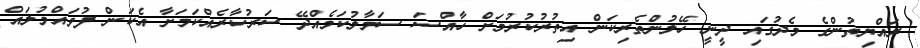
ރައްޔިތުންގެ މެދުގައި ދީނީ ހޭލުންތެރިކަން އިތުރުކުރުމަށް ޚާއްސަ ސަމާލުކަމެއްދޭ ސަރުކާރެއްކަމަށާ އެކަން ފުވައްމުލައް